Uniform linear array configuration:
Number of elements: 8
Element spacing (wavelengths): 0.5
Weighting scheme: binomial
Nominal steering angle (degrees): -60
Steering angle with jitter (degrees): -60.924
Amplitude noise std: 0.05
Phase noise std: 0.05

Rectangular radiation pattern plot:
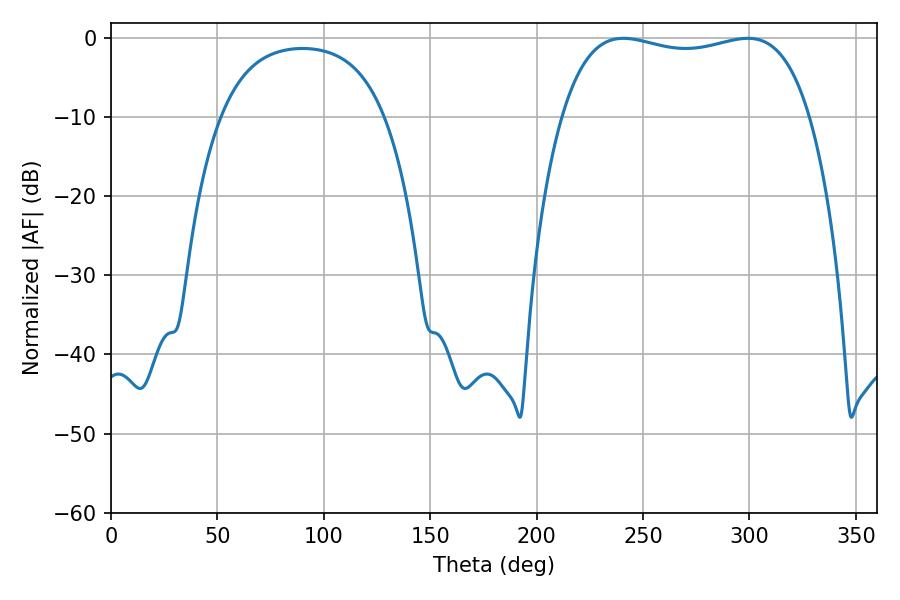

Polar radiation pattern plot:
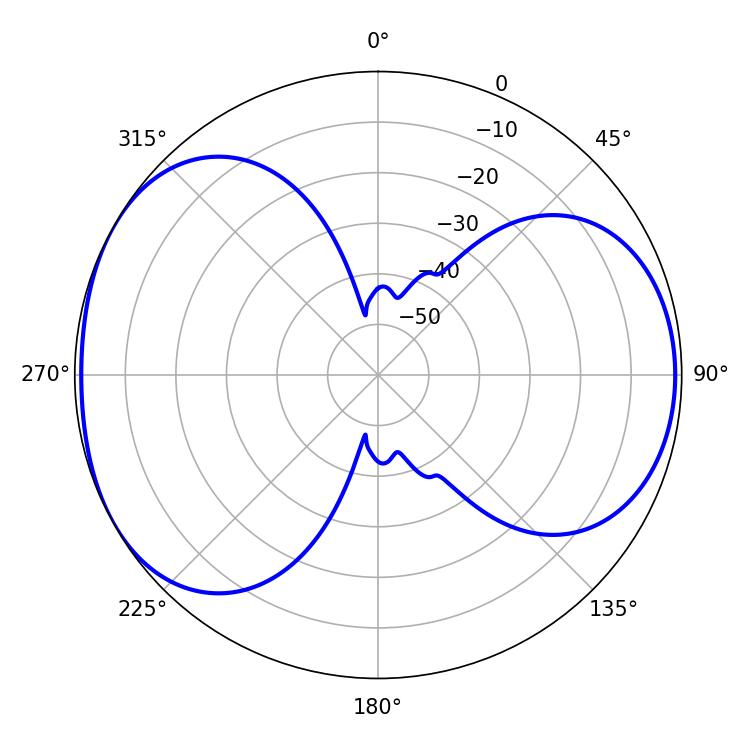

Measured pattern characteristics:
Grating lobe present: FALSE
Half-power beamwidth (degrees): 94.32
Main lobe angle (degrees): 240.84